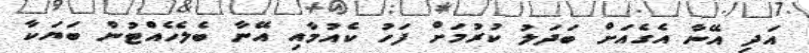
އަދި އޭނާ އެގެއަށް ބަދަލު ކުރުމަށް ފަހު ކެއުމާއި އޭނާ ބެލެހެއްޓުން ބަޔަކާ